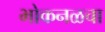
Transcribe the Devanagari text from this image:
भोकनळचा